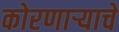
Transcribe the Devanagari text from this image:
कोरणार्‍याचे